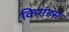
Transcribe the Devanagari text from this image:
किगंडम